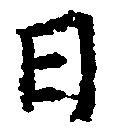
日